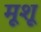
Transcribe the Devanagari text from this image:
मूशू